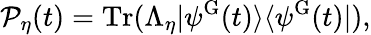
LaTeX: {\cal P}_{\eta}(t)=\mathrm{Tr}(\Lambda_{\eta}|\psi^{\mathrm{G}}(t)\rangle\langle\psi^{\mathrm{G}}(t)|),